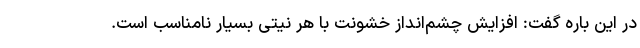
در این باره گفت: افزایش چشم‌انداز خشونت با هر نیتی بسیار نامناسب است.